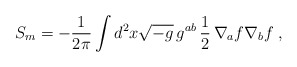
\begin{align*}S_m=-{1\over2\pi}\int d^2x\sqrt{-g}\,g^{ab}\,{1\over2}\,\nabla_a f\nabla_b f\;,\end{align*}